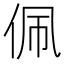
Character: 佩